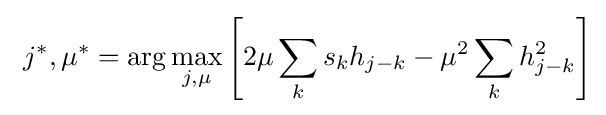
\ j^{*},\mu ^{*}=\arg \max _{j,\mu }\left[2\mu \sum _{k}s_{k}h_{j-k}-\mu ^{2}\sum _{k}h_{j-k}^{2}\right]